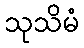
သုသိမံ